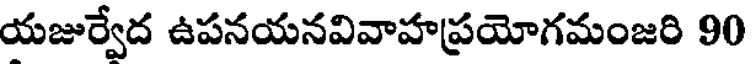
యజుర్వేద ఉపనయనవివాహప్రయోగమంజరి 90